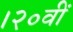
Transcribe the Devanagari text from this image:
।२०वीं